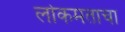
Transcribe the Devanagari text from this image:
लोकमताचा